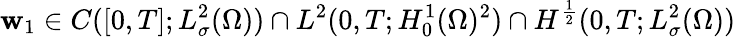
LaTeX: \mathbf{w}_{1}\in C([0,T];L_{\sigma}^{2}(\Omega))\cap L^{2}(0,T;H_{0}^{1}(\Omega)^{2})\cap H^{\frac 12}(0,T;L_{\sigma}^{2}(\Omega))